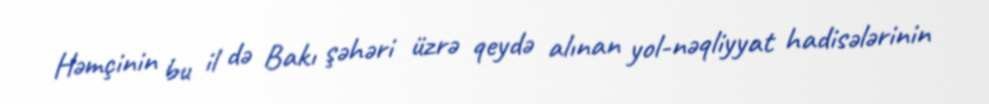
Həmçinin bu il də Bakı şəhəri üzrə qeydə alınan yol-nəqliyyat hadisələrinin